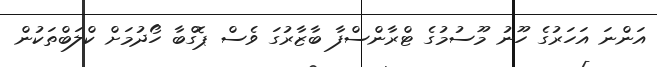
އަންނަ އަހަރުގެ ހޫނު މޫސުމުގެ ޓްރާންސްފާ ބާޒާރުގަ ވެސް ޕޮގްބާ ހޯދުމަށް ކްލަބްތަކުން